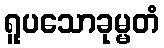
ရူပသောခုမ္မတံ